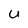
Character: U